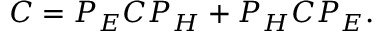
C = P _ { \cal E } C P _ { \cal H } + P _ { \cal H } C P _ { \cal E } .